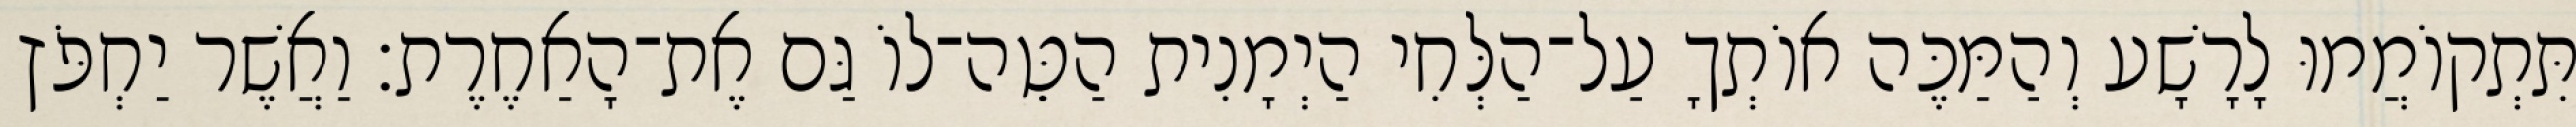
תִּתְקוֹמֲמוּ לָרָשָׁע וְהַמַּכֶּה אוֹתְךָ עַל־הַלְּחִי הַיְמָנִית הַטֵּה־לוֹ גַּם אֶת־הָאַחֶרֶת׃ וַאֲשֶׁר יַחְפֹּץ